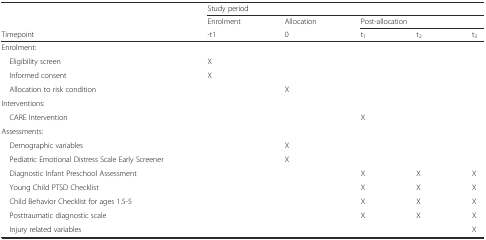
|  | <COLSPAN=5> Study period |
 |  | Enrolment | Allocation | <COLSPAN=3> Post-allocation |
 | Timepoint | -t1 | 0 | t1 | t2 | t3 |
 | --- | --- | --- | --- | --- | --- |
 | Enrolment: |  |  |  |  |  |
 | Eligibility screen | X |  |  |  |  |
 | Informed consent | X |  |  |  |  |
 | Allocation to risk condition |  | X |  |  |  |
 | Interventions: |  |  |  |  |  |
 | CARE Intervention |  |  | X |  |  |
 | Assessments: |  |  |  |  |  |
 | Demographic variables |  | X |  |  |  |
 | Pediatric Emotional Distress Scale Early Screener |  | X |  |  |  |
 | Diagnostic Infant Preschool Assessment |  |  | X | X | X |
 | Young Child PTSD Checklist |  |  | X | X | X |
 | Child Behavior Checklist for ages 1.5-5 |  |  | X | X | X |
 | Posttraumatic diagnostic scale |  |  | X | X | X |
 | Injury related variables |  |  |  |  | X |